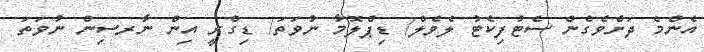
އެންމެ ދަށްވެގެން ސެޓުފިކެޓު ލެވެލް/ ޑިޕްލޮމާ ނުވަތަ/ ޑިގްރީ އިން ނާރސިން ނުވަތަ